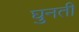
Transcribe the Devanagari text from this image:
घुनती